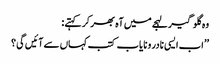
وہ گلو گیر لہجے میں آہ بھر کر کہتے :
’’ اب ایسی نادر و نایاب کتب کہاں سے آئیں گی ؟